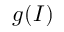
g ( I )